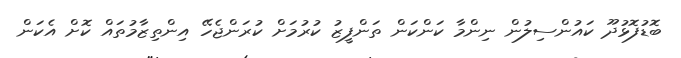
ބޮޑުފޮޅުދޫ ކައުންސިލުން ނިންމާ ކަންކަން ތަންފީޒު ކުރުމަށް ކުރަންޖެހޭ އިންތިޒާމުތައް ކޮށް އެކަން